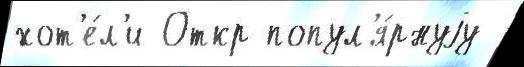
хот'е́л'и Откр попул'я́рнуjу